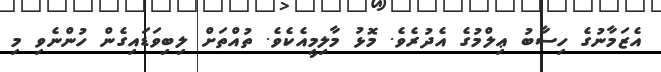
އެޒަމާނުގެ ހިސާބު ޢިލްމުގެ އެދުރެވެ. މޮޅު މާލިމީއެކެވެ. ތުއްތަށް ލިބިވަޑައިގެން ހުންނެވި މި